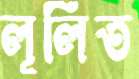
লূলিত